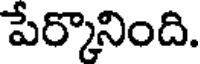
పేర్కొనింది.